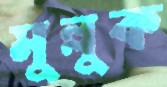
মুল্লুক